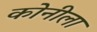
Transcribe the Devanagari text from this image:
कोनीला